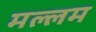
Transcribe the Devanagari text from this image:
मल्लम